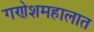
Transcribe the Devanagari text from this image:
गणेशमहालात